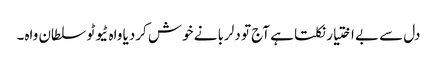
دل سے بے اختیار نکلتا ہے آج تو دلربا نے خوش کردیا واہ ٹیوٹو سلطان واہ۔